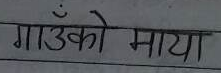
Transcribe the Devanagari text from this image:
गाउँको माया